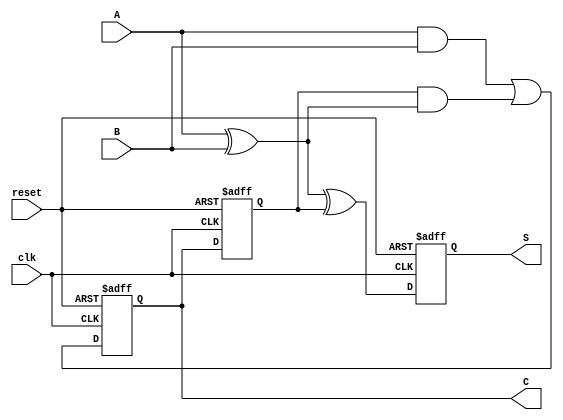
module sequential_half_adder (
    input wire A,        // First input bit
    input wire B,        // Second input bit
    input wire clk,      // Clock signal
    input wire reset,    // Reset signal
    output reg S,        // Sum output
    output reg C         // Carry output
);

    // Internal registers to hold the previous sum and carry
    reg prev_sum;
    reg prev_carry;

    always @(posedge clk or posedge reset) begin
        if (reset) begin
            // Reset the outputs and internal states
            S <= 1'b0;
            C <= 1'b0;
            prev_sum <= 1'b0;
            prev_carry <= 1'b0;
        end else begin
            // Compute the new sum and carry
            S <= A ^ B ^ prev_carry; // Sum is A XOR B XOR previous carry
            C <= (A & B) | (prev_carry & (A ^ B)); // Carry is (A AND B) OR (previous carry AND (A XOR B))

            // Update previous states
            prev_sum <= S;
            prev_carry <= C;
        end
    end

endmodule